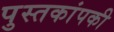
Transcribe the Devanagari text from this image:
पुस्तकांपकी